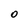
Character: 0